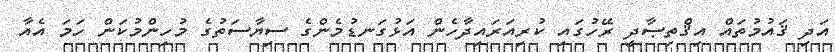
އަދި ޤައުމުތައް އިޤްތިޞާދީ ރޭހުގައި ކުރިއަރައިދާހެން އަޅުގަނޑުމެންގެ ސިޔާސަތުގެ މުހިންމުކަން ހަމަ އެއާ